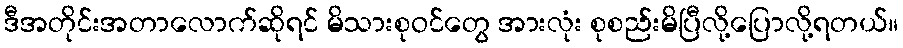
ဒီအတိုင်းအတာလောက်ဆိုရင် မိသားစုဝင်တွေ အားလုံး စုစည်းမိပြီလို့ပြောလို့ရတယ်။